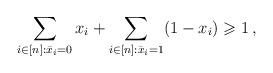
LaTeX: \begin{align*} \sum_{i \in [n] : \bar{x}_i = 0} x_i + \sum_{i \in [n] : \bar{x}_i = 1} (1 - x_i) \geqslant 1\,, \end{align*}